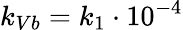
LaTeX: k_{Vb}=k_{1}\cdot 10^{-4}